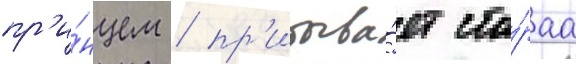
пр'и́нцем / пр'ибыва́ет ста́раа